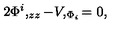
2 \Phi ^ { i } , _ { z z } - V , _ { \Phi _ { i } } = 0 ,